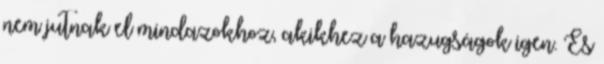
nem jutnak el mindazokhoz, akikhez a hazugságok igen. És